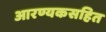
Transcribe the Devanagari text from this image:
आरण्यकसहित